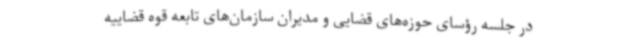
در جلسه رؤسای حوزه‌های قضایی و مدیران سازمان‌های تابعه قوه قضاییه